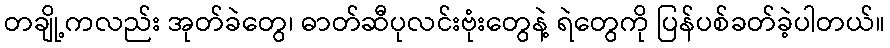
တချို့ကလည်း အုတ်ခဲတွေ၊ ဓာတ်ဆီပုလင်းဗုံးတွေနဲ့ ရဲတွေကို ပြန်ပစ်ခတ်ခဲ့ပါတယ်။